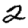
Digit: 2